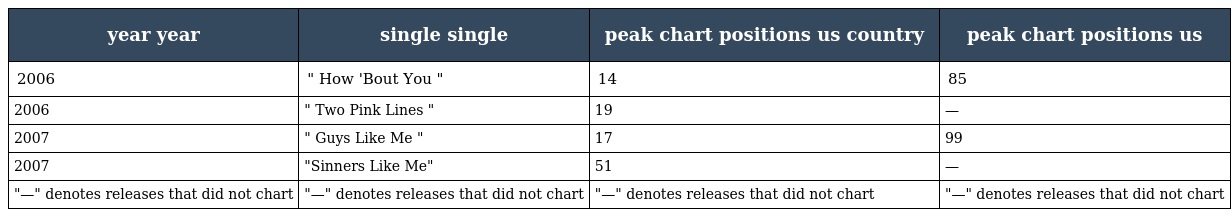
| year year | single single | peak chart positions us country | peak chart positions us |
 | --- | --- | --- | --- |
 | 2006 | " How 'Bout You " | 14 | 85 |
 | 2006 | " Two Pink Lines " | 19 | — |
 | 2007 | " Guys Like Me " | 17 | 99 |
 | 2007 | "Sinners Like Me" | 51 | — |
 | "—" denotes releases that did not chart | "—" denotes releases that did not chart | "—" denotes releases that did not chart | "—" denotes releases that did not chart |